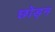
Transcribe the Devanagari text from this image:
छोड़न